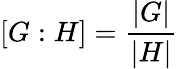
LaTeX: [G:H]={\frac{|G|}{|H|}}